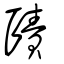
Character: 賾